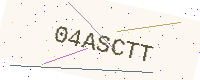
Text: 04ASCTT